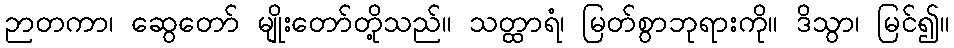
ဉာတကာ၊ ဆွေတော် မျိုးတော်တို့သည်။ သတ္ထာရံ၊ မြတ်စွာဘုရားကို။ ဒိသွာ၊ မြင်၍။